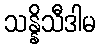
သန္နိသီဒါမ